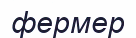
фермер